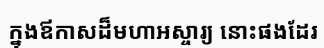
ក្នុងឪកាសដ៏មហាអស្ចារ្យ នោះផងដែរ